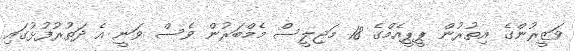
ވަޒީރުންގެ އިތުރުން ޕީޕީއެމްގެ 18 މަޖިލީސް މެމްބަރުން ވެސް ވަނީ އެ ދަތުރުފުޅުގައި